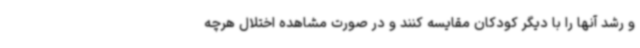
و رشد آنها را با دیگر کودکان مقایسه کنند و در صورت مشاهده اختلال هرچه